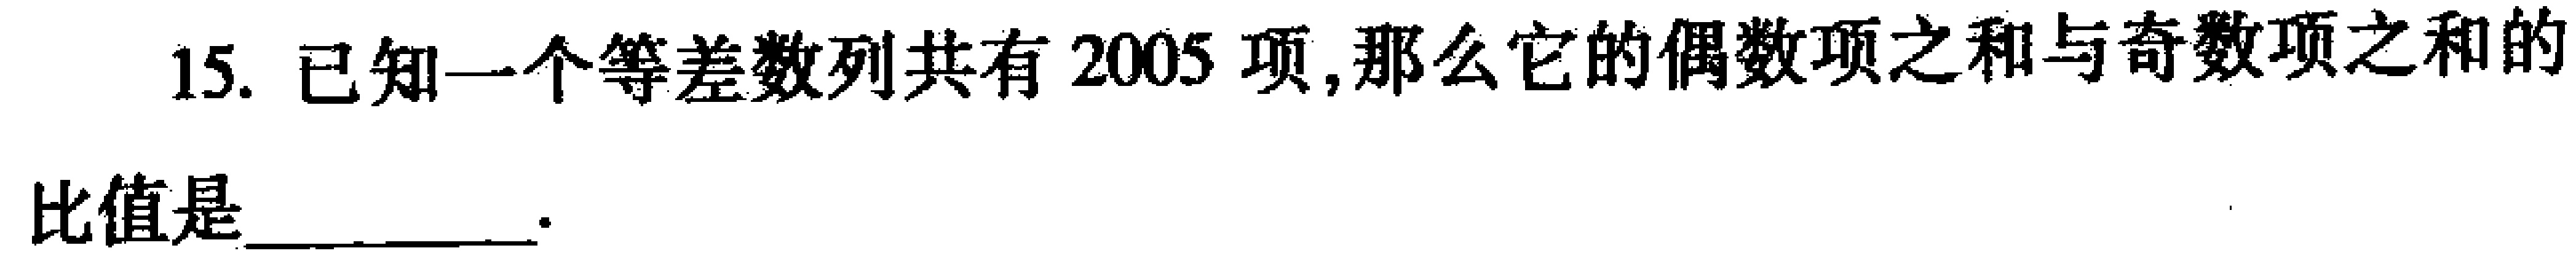
15. 已知一个等差数列共有 \(2005\) 项,那么它的偶数项之和与奇数项之和的
比值是_________.